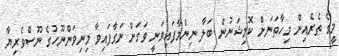
މީގެ ތެރެއިން މިހާތަނަށް ކޮމިޝަނުން ބަލާ ނިންމާފައިވަނީ ވަގަށް ނަގާފައިވާ މިނިވަންނޫހުގެ ނޫސްވެރިޔާ